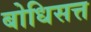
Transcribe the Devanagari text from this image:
बोधिसत्त